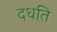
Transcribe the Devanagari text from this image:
दधति